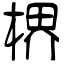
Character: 楐